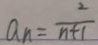
a _ { n } = \frac { 2 } { n + 1 }